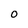
Character: O